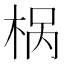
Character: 𣒌